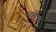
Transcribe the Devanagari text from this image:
भलेच